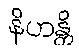
နိဟန္တိ